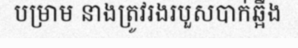
បម្រាម នាងត្រូវរងរបួសបាក់ឆ្អឹង